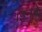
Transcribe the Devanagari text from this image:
।इनके